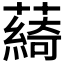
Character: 𦿟